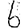
Digit: 6